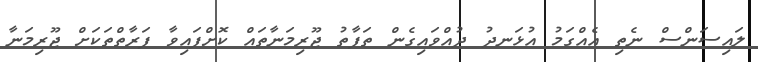
ލައިސަންސް ނެތި އެއްގަމު އުޅަނދު ދުއްވައިގެން ތަފާތު ޖޫރިމަނާތައް ކޮށްފައިވާ ފަރާތްތަކަށް ޖޫރިމަނާ